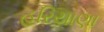
હરિયાણા